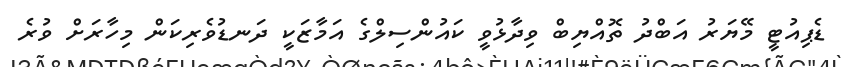
ޑެޕިއުޓީ މޭޔަރު އަބްދު ތޮއްޔިބް ވިދާޅުވީ ކައުންސިލްގެ އަމާޒަކީ ދަނޑުވެރިކަން މިހާރަށް ވުރެ